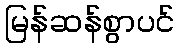
မြန်ဆန်စွာပင်